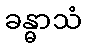
ခန္ဓာသံ